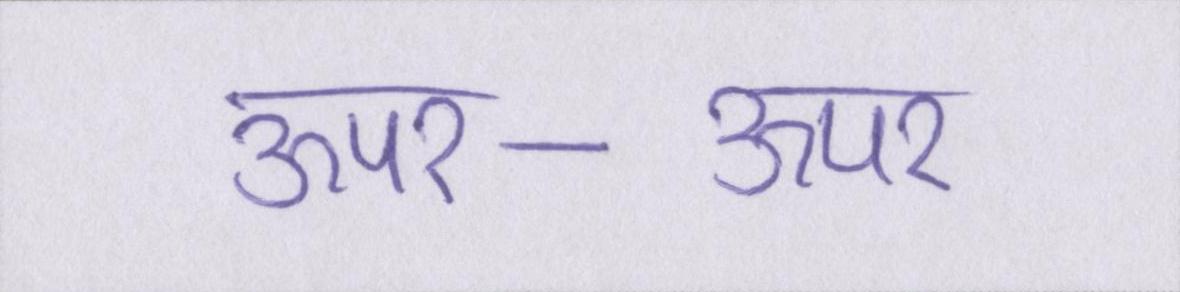
ऊपर-ऊपर